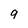
Character: 9